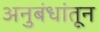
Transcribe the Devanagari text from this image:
अनुबंधांतून